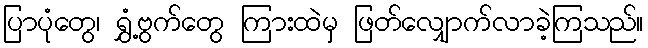
ပြာပုံတွေ၊ ရွှံ့ဗွက်တွေ ကြားထဲမှ ဖြတ်လျှောက်လာခဲ့ကြသည်။